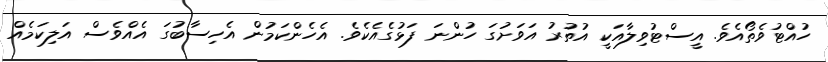
ހުއްޓުވެތޯއެވެ. އީސްޓުވިލާއަކީ އުތުރު އަވަށުގަ ހުންނަ ފަޅުގެއެކެވެ. އެހެންކަމުން އެހިސާބުގަ އެއްވެސް އަލިކަމެއް